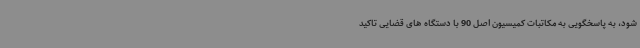
شود، به پاسخگویی به مکاتبات کمیسیون اصل 90 با دستگاه های قضایی تاکید